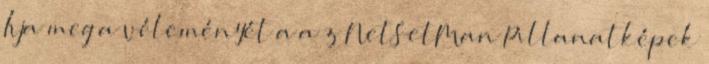
Írja meg a véleményét a a z NetSetMan Pillanatképek